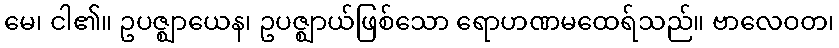
မေ၊ ငါ၏။ ဥပဇ္ဈာယေန၊ ဥပဇ္ဈာယ်ဖြစ်သော ရောဟဏမထေရ်သည်။ ဗာလေဝတ၊